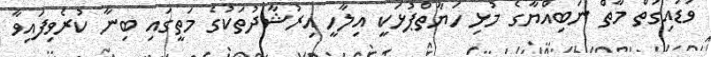
ވަޑައިގަތް މާތް ނަބިއްޔާގެ މުޅި ހަޔާތްޕުޅަކީ އިލާހީ އިރުޝާދުތަކުގެ މަތީގައި ބިނާ ކުރެވިފައިވާ